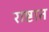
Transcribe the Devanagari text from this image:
राष्टात